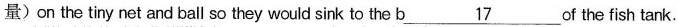
量) on the tiny net and ball so they would sink to the b\underline{17} of the fish tank.